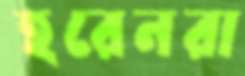
হরেনরা